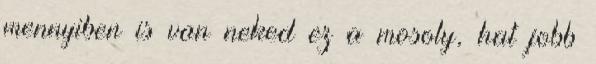
mennyiben is van neked ez a mosoly, hat jobb